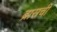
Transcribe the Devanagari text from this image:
ब्रासची